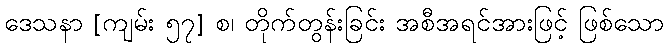
ဒေသနာ [ကျမ်း ၅၇] စ၊ တိုက်တွန်းခြင်း အစီအရင်အားဖြင့် ဖြစ်သော